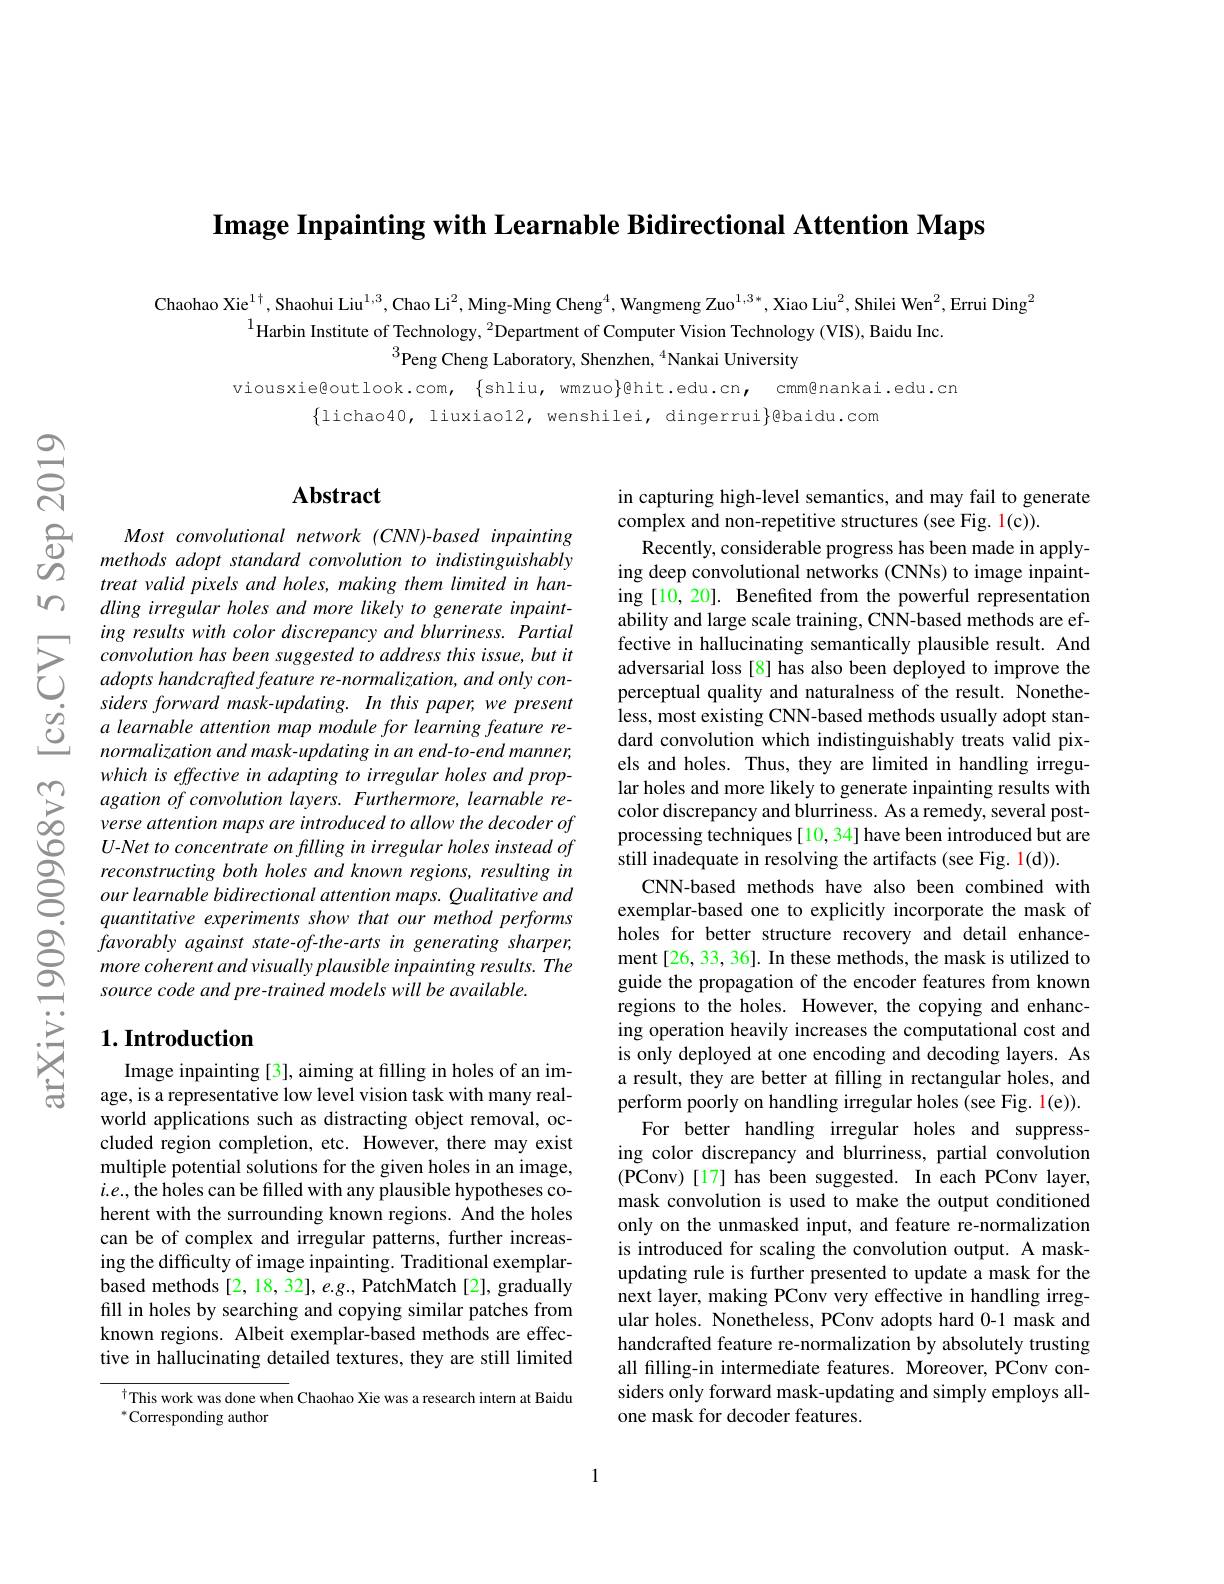
Image Inpainting with Learnable Bidirectional Attention Maps

Chaohao Xie$^{1\dagger}$, Shaohui Liu$^{1,3},\text{ChaoLi}^{2},\text{Ming-Ming Cheng}^{4},\text{Wangmeng Zuo}^{1,3*},\text{Xiao Liu}^{2},\text{Shilei Wen}^{2}$,Errui Ding$^{2}$
$^{1}$Harbin Institute of Technology, $^{2}$Department of Computer Vision Technology (VIS), Baidu Inc.
$^{3}$Peng Cheng Laboratory, Shenzhen, $^{4}$Nankai University

viousxie@outlook.com, \{shliu, wmzuo\}@hit.edu.cn, cmm@nankai.edu.cn
$\{$lichao40, liuxiao12, wenshilei, dingerrui$\}$@baidu.com

$స్సి$

$w$

$పై$

YO

## $\mathbf{Abstract}$

$\begin{aligned}&Most&convolutional&network&(CNN)-based&inpainting\\&methods&adopt&standard&convolution&to&indistinguishably\\&treat&valid&pixels&and&holes,&making&them&limited&in&han-\end{aligned}$
dling irregular holes and more likely to generate inpainting results with color discrepancy and blurriness. Partial
siders forward mask-updating. In this paper, we present a learnable attention map module for learning feature renormalization and mask-updating in an end-to-end manner, which is effective in adapting to irregular holes and prop-
$\sum _{\infty }^{\infty }$ agation $of$ convolution $layers.$ $Furthermore$, learnable $re- \infty$ verse attention maps are introduced $to$ allow the decoder $of$
U-Net to concentrate on filling in irregular holes instead of
quantitative experiments show that our method performs favorably against state-of-the-arts in generating sharper, more coherent and visually plausible inpainting results. The source code and pre-trained models will be available.

## $1. \textbf{Introduction}$

Image inpainting [3], aiming at filling in holes of an image, is a representative low level vision task with many realworld applications such as distracting object removal, occluded region completion, etc. However, there may exist multiple potential solutions for the given holes in an image, $i.e.$,the holes can be filled with any plausible hypotheses coherent with the surrounding known regions. And the holes can be of complex and irregular patterns, further increasing the difficulty of image inpainting. Traditional exemplarbased methods [2, 18, 32], e.g., PatchMatch [2], gradually fill in holes by searching and copying similar patches from known regions. Albeit exemplar-based methods are effective in hallucinating detailed textures, they are still limited

$^{\dagger}$This work was done when Chaohao Xie was a research intern at Baidu
$^{*}$Corresponding author

in capturing high-level semantics, and may fail to generate
complex and non-repetitive structures (see Fig. 1(c))
Recently, considerable progress has been made in applying deep convolutional networks (CNNs) to image inpainting [10, 20]. Benefited from the powerful representation ability and large scale training, CNN-based methods are effective in hallucinating semantically plausible result. And adversarial loss[8] has also been deployed to improve the perceptual quality and naturalness of the result. Nonetheless, most existing CNN-based methods usually adopt standard convolution which indistinguishably treats valid pixels and holes. Thus, they are limited in handling irregular holes and more likely to generate inpainting results with color discrepancy and blurriness. As a remedy, several postprocessing techniques [10, 34] have been introduced but are still inadequate in resolving the artifacts (see Fig. 1(d)).
CNN-based methods have also been combined with exemplar-based one to explicitly incorporate the mask of holes for better structure recovery and detail enhancement[26, 33, 36]. In these methods, the mask is utilized to guide the propagation of the encoder features from known regions to the holes. However, the copying and enhancing operation heavily increases the computational cost and is only deployed at one encoding and decoding layers. As a result, they are better at filling in rectangular holes, and perform poorly on handling irregular holes (see Fig. l(e)).
For better handling irregular holes and suppressing color discrepancy and blurriness, partial convolution (PConv) [ 17] has been suggested. In each PConv layer, mask convolution is used to make the output conditioned only on the unmasked input, and feature re-normalization is introduced for scaling the convolution output. A maskupdating rule is further presented to update a mask for the next layer, making PConv very effective in handling irregular holes. Nonetheless, PConv adopts hard 0-1 mask and handcrafted feature re-normalization by absolutely trusting all filling-in intermediate features. Moreover, PConv considers only forward mask-updating and simply employs allone mask for decoder features.

1